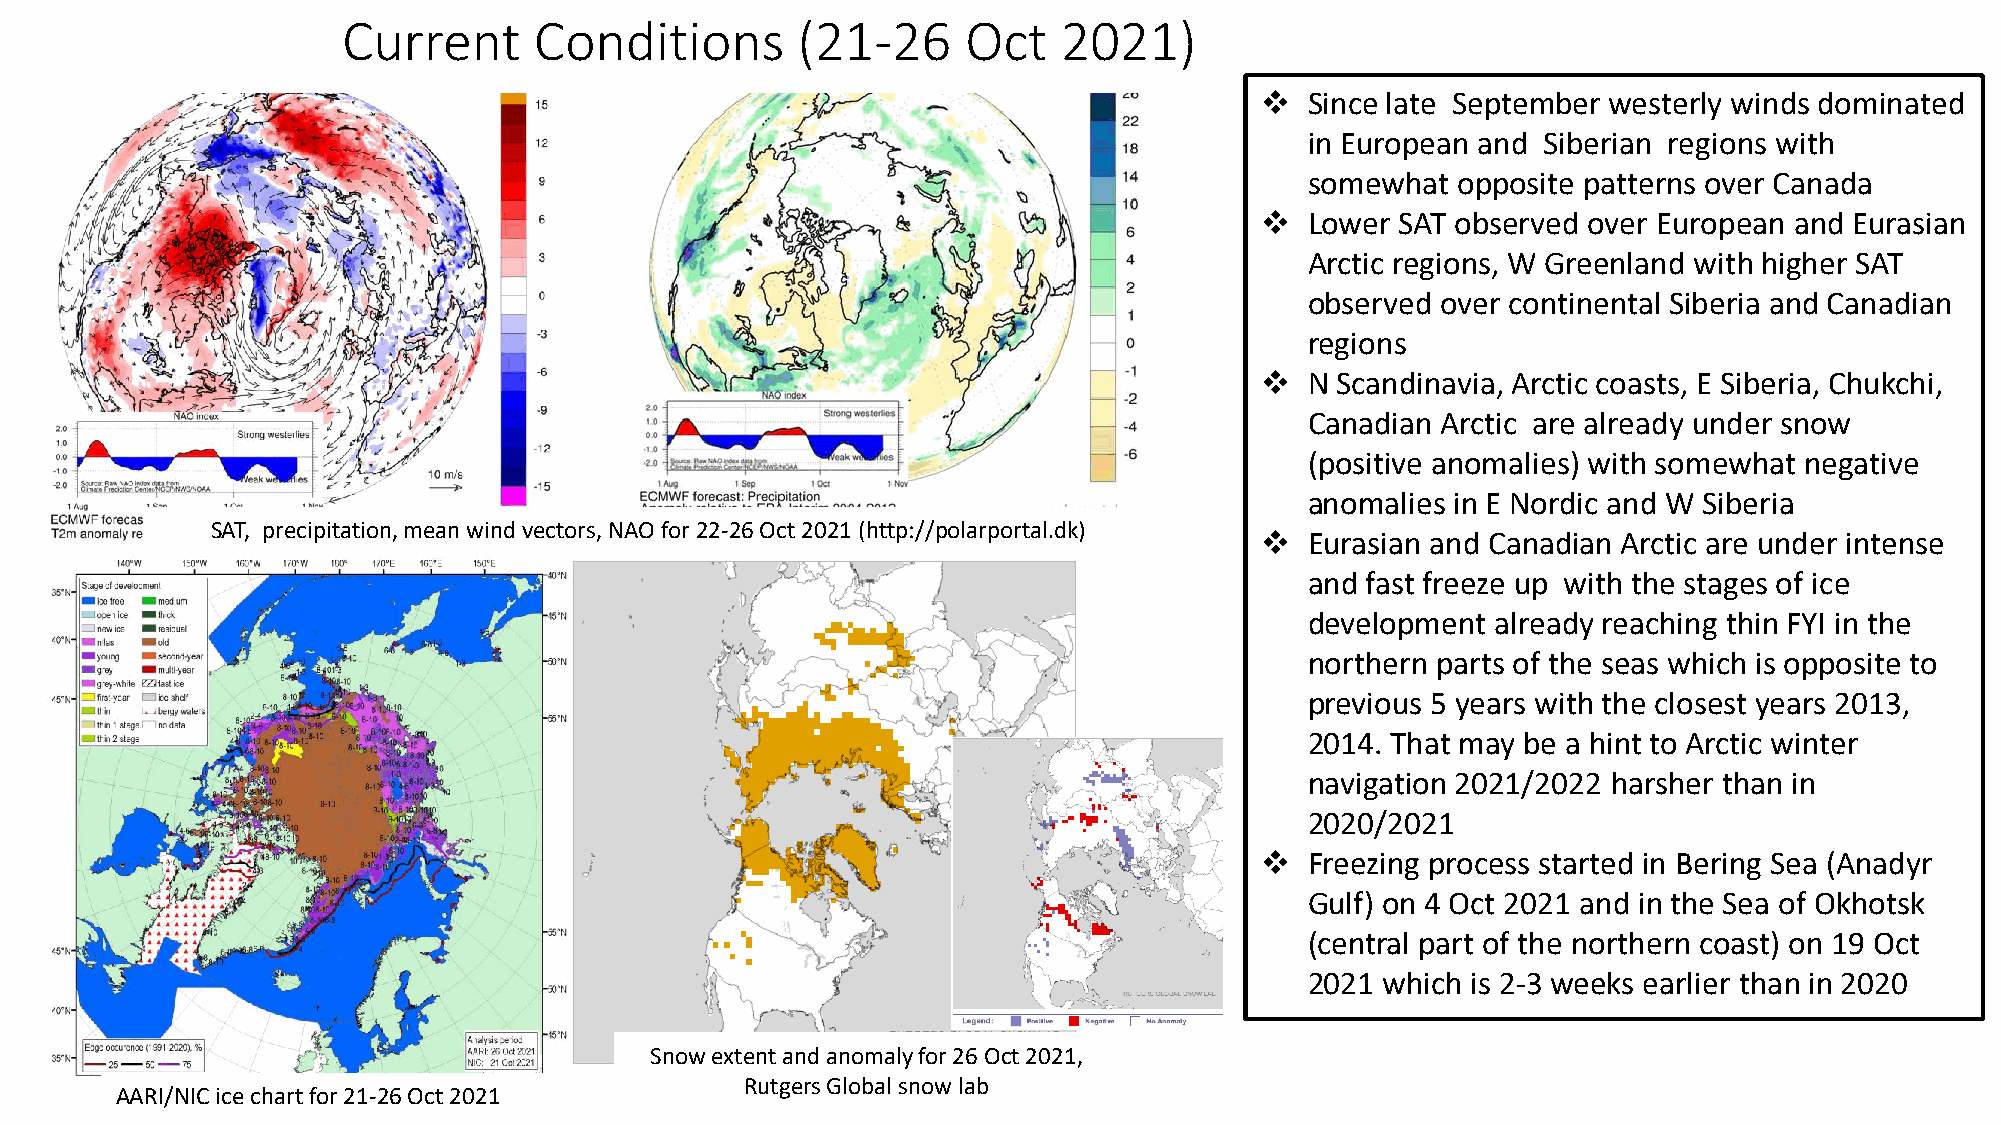
Current     Conditions        (21-26     Oct   2021)
 ❖   Since late September westerly winds dominated
 in European and Siberian regions with
 somewhat opposite patterns over Canada
 ❖   Lower SAT observed over European and Eurasian
 Arctic regions, W Greenland with higher SAT
 observed over continental Siberia and Canadian
 regions
 ❖   N Scandinavia, Arctic coasts, E Siberia, Chukchi,
 Canadian Arctic are already under snow
 (positive anomalies) with somewhat negative
 anomalies in E Nordic and W Siberia
 SAT, precipitation, mean wind vectors, NAOfor22-26 Oct 2021 (http://polarportal.dk)
 ❖   Eurasian and Canadian Arctic are under intense
 and fast freeze up with the stages of ice
 development already reaching thin FYI in the
 northern parts of the seas which is opposite to
 previous 5 years with the closest years 2013,
 2014. That may be a hint to Arctic winter
 navigation 2021/2022 harsher than in
 2020/2021
 ❖   Freezing process started in Bering Sea (Anadyr
 Gulf) on 4 Oct 2021 and in the Sea of Okhotsk
 (central part of the northern coast) on 19 Oct
 2021 which is 2-3 weeks earlier than in 2020
 Snow extent and anomaly for 26 Oct 2021,
 Rutgers Global snow lab
 AARI/NIC ice chart for 21-26 Oct 2021